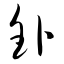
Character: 钋